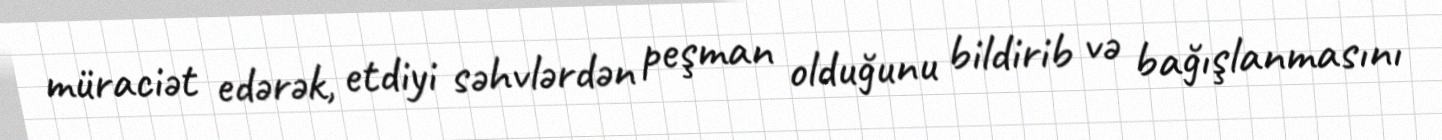
müraciət edərək, etdiyi səhvlərdən peşman olduğunu bildirib və bağışlanmasını